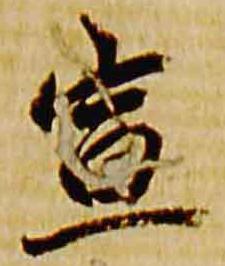
宣